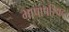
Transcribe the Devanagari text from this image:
भाषापरिषद